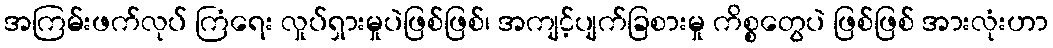
အကြမ်းဖက်လုပ် ကြံရေး လှုပ်ရှားမှုပဲဖြစ်ဖြစ်၊ အကျင့်ပျက်ခြစားမှု ကိစ္စတွေပဲ ဖြစ်ဖြစ် အားလုံးဟာ